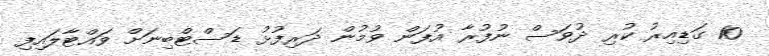
10 ގަޑިއިރު ކުރި ދުވަސް ނުފުރާ އުފަން ވުމުން ދަރިފުޅު ޑަސްޓްބިނަށް ވައްޓާލައިފި